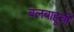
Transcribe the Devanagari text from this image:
बलबाहूची